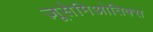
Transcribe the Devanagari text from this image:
ज़ूसेमिओतिक्स